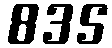
835